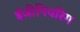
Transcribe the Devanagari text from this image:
ईजीनियरिग